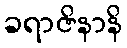
ခရာဇိနာနိ